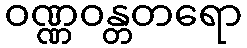
ဝဏ္ဏဝန္တတရော